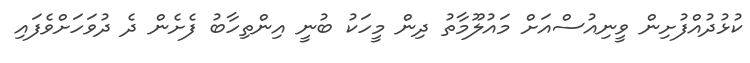
ކުޅުދުއްފުށިން ވީނިއުސްއަށް މައުލޫމާތު ދިން މީހަކު ބުނީ އިންތިހާބު ފެށެން ދެ ދުވަހަށްވެފައި